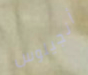
أنجيلوس